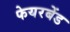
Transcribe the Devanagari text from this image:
फेयरबेंड